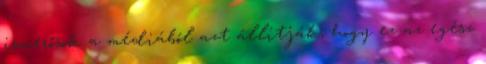
ismerősök a médiából azt állítják, hogy ez az egész